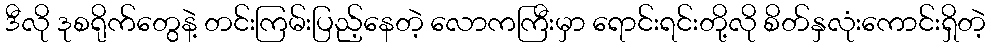
ဒီလို ဒုစရိုက်တွေနဲ့ တင်းကြမ်းပြည့်နေတဲ့ လောကကြီးမှာ ရောင်းရင်းတို့လို စိတ်နှလုံးကောင်းရှိတဲ့